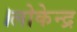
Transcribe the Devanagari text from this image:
।लोकेन्द्र